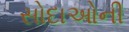
સોદાઓની